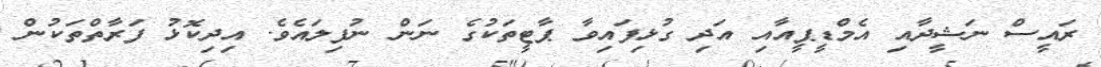
ރައީސް ނަޝީދާއި އެމްޑީޕީއާއި އަދި ގުޅިފައިވާ ޕާޓީތަކުގެ ނަން ނުފިލައެވެ. އިދިކޮޅު ފަރާތްތަކުން